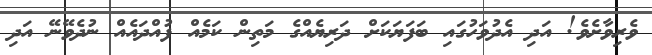
ވެރިވާށެވެ! އަދި އެދުވަހުގައި ބަފަޔަކަށް ދަރިޔެއްގެ މަތިން ކަމެއް ފުއްދައެއް ނުދެވޭނޭ އަދި